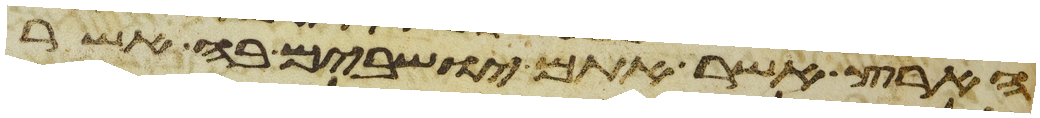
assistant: הארץ אשר אתם ישבים בה אשר